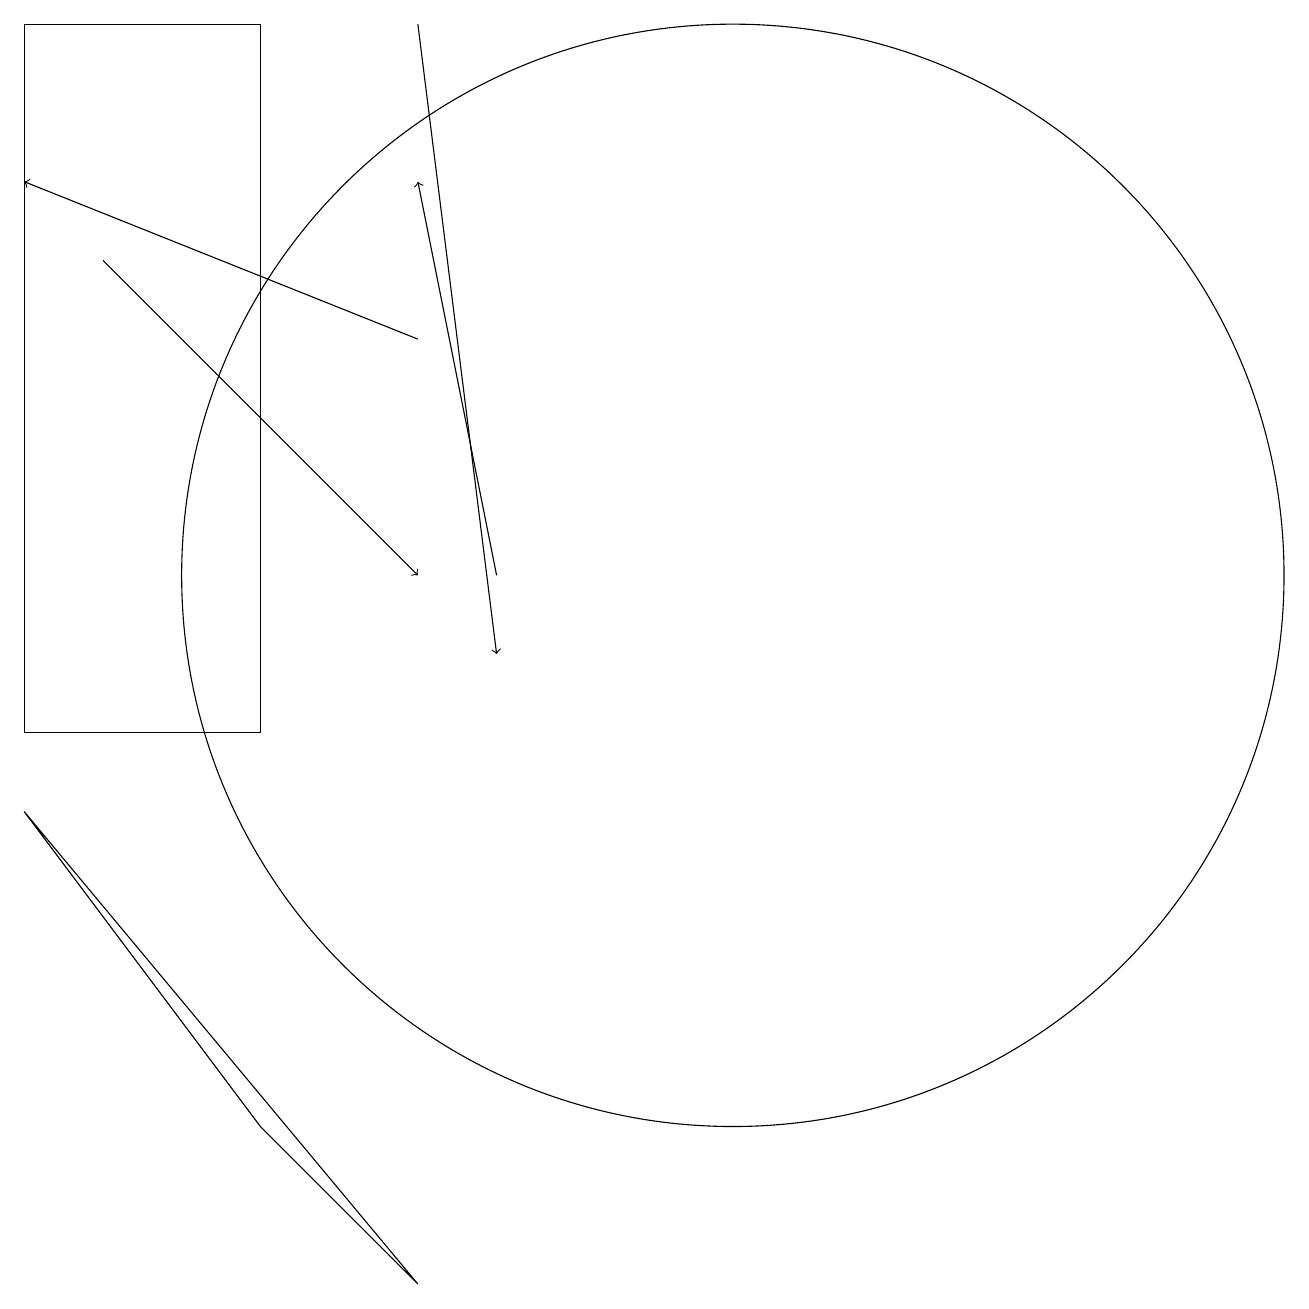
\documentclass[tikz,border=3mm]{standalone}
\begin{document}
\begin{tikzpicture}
\draw[->] (8,12) -- (7,17);
\draw[->] (7,19) -- (8,11);
\draw (7,3) -- (5,5) -- (2,9) -- cycle;
\draw (2,19) rectangle (5,10);
\draw (11,12) circle (7);
\draw[->] (7,15) -- (2,17);
\draw[->] (3,16) -- (7,12);
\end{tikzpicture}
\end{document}